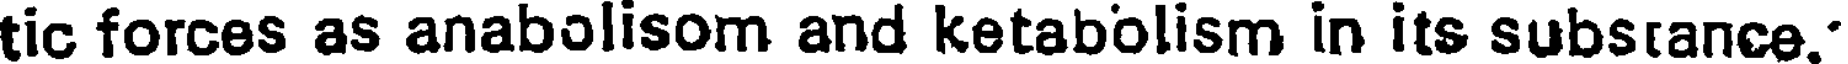
tic forces as anabolisom and ketabolism in its substance.